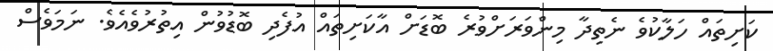
ކަށިތައް ހަލާކުވެ ނެތިދާ މިންވަރަށްވުރެ ބޮޑަށް އާކަށިތައް އުފެދި ބޮޑުވުން އިތުރުވެއެވެ. ނަމަވެސް